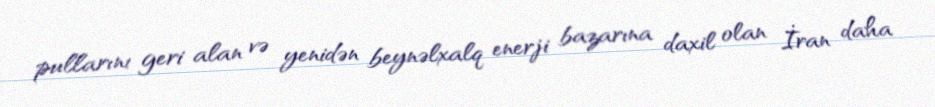
pullarını geri alan və yenidən beynəlxalq enerji bazarına daxil olan İran daha